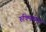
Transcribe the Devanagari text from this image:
रुक्मिणम्मा